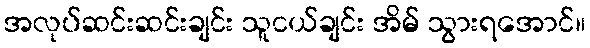
အလုပ်ဆင်းဆင်းချင်း သူငယ်ချင်း အိမ် သွားရအောင်။